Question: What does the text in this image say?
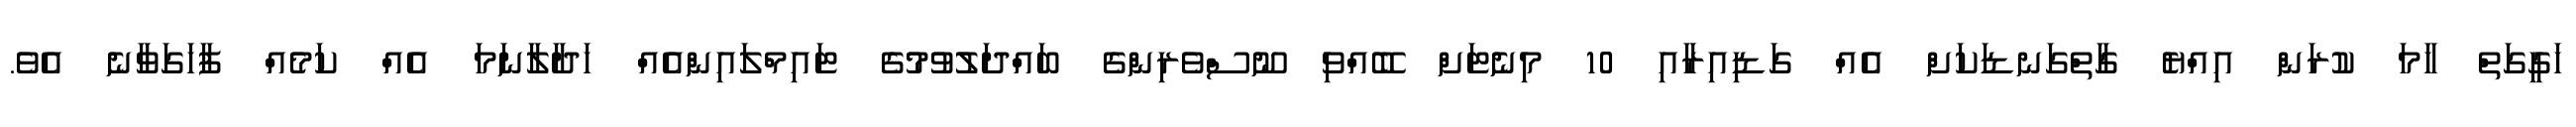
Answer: ހަގީގަތް ހާމަ ކުރަން އިއްޔެ ގާތްގަނޑަކަށް އެއް ގަޑިއިރާއި 10 މިނެޓަށް ބޭއްވި ނޫސްވެރިންގެ ބައްދަލުވުމުގެ ޓައިމްލައިންއެއް ހަދާލާނަމަ އެއް ކަމެއް ފާހަގަވާނެ އެވެ.